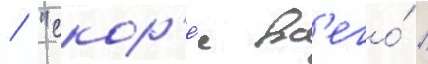
/ "скор'е́е вс'его́ /